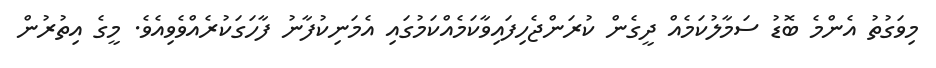
މިވަގުތު އެންމެ ބޮޑު ސަމާލުކަމެއް ދީގެން ކުރަންޖެހިފައިވާކަމެއްކަމުގައި އެމަނިކުފާނު ފާހަގަކުރެއްވެވިއެވެ. މީގެ އިތުރުން